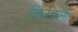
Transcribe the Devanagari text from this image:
चिटकना